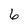
Character: 6